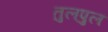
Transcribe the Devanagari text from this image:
तुलपुल